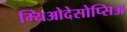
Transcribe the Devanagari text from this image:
म्यिओदेसोप्सिअ